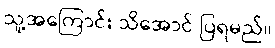
သူ့အကြောင်း သိအောင် ပြရမည်။